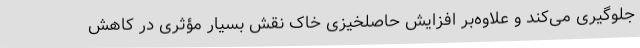
جلوگیری می‌کند و علاوه‌بر افزایش حاصلخیزی خاک نقش بسیار مؤثری در کاهش